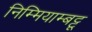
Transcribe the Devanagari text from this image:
निम्मियाम्बट्टू